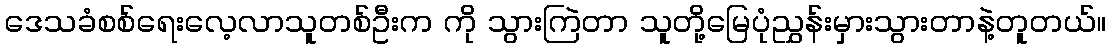
ဒေသခံစစ်ရေးလေ့လာသူတစ်ဦးက ကို သွားကြဲတာ သူတို့မြေပုံညွှန်းမှားသွားတာနဲ့တူတယ်။